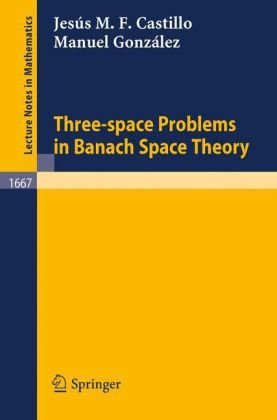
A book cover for Three-space Problems in Banach Space Theory (Lecture Notes in Mathematics); Jesus M.F. Castillo; Science & Math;